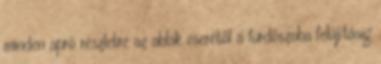
minden apró részletre az ablak cserétől a fürdőszoba felújításig